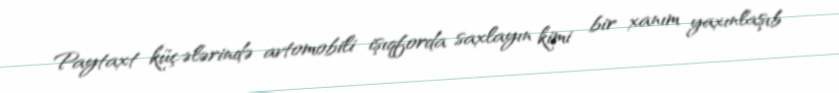
Paytaxt küçələrində avtomobili işıqforda saxlayın kimi bir xanım yaxınlaşıb